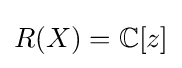
R(X)=\mathbb {C} [z]